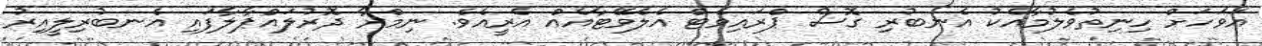
އަވަހަށް ހިނިތުވެލުމާއެކު އެނބުރި ގޮސް ޕްރައިވެޓް އެލެވޭޓާއެއް އެރީއެވެ. ނިމްރާ ދޮރުލައްޕާލާފައި އެނބުރިލީއިރު